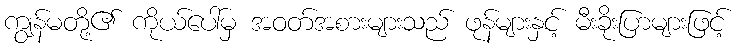
ကျွန်မတို့၏ ကိုယ်ပေါ်မှ အဝတ်အစားများသည် ဖုန်များနှင့် မီးခိုးပြာများဖြင့်